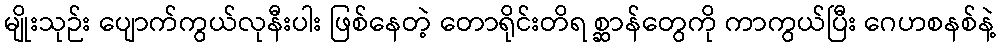
မျိုးသုဉ်း ပျောက်ကွယ်လုနီးပါး ဖြစ်နေတဲ့ တောရိုင်းတိရ စ္ဆာန်တွေကို ကာကွယ်ပြီး ဂေဟစနစ်နဲ့